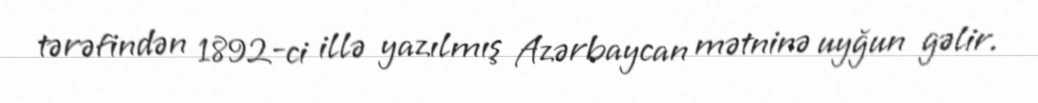
tərəfindən 1892-ci illə yazılmış Azərbaycan mətninə uyğun gəlir.